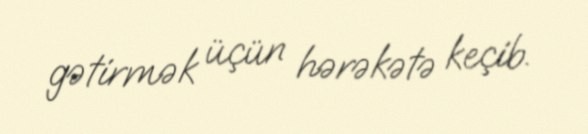
gətirmək üçün hərəkətə keçib.